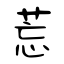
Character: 莣